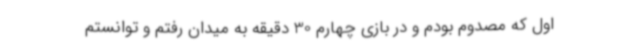
اول که مصدوم بودم و در بازی چهارم 30 دقیقه به میدان رفتم و توانستم